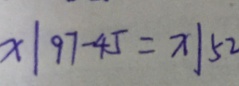
x \vert 9 7 - 4 5 = x \vert 5 2